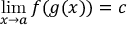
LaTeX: \operatorname* { l i m } _ { x \to a } f ( g ( x ) ) = c